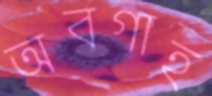
অবগাহ